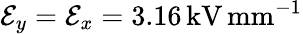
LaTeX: \mathcal{E}_{y}=\mathcal{E}_{x}=3.16\, \mathrm{kV}\, \mathrm{mm}^{-1}